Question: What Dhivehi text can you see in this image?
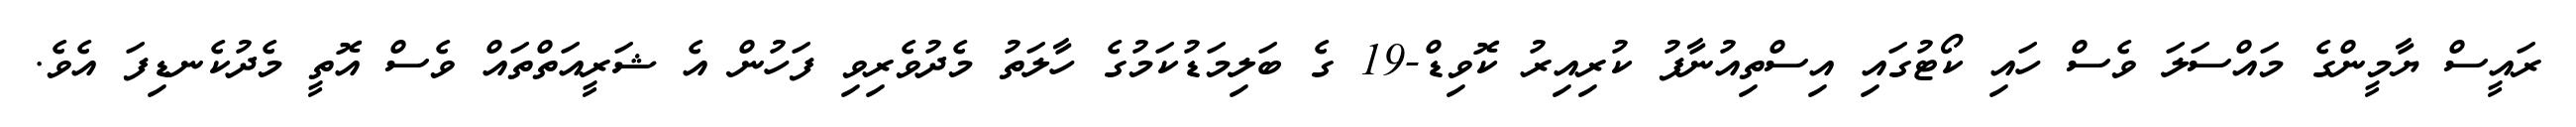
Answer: ރައީސް ޔާމީންގެ މައްސަލަ ވެސް ހައި ކޯޓުގައި އިސްތިއުނާފު ކުރިއިރު ކޮވިޑް-19 ގެ ބަލިމަޑުކަމުގެ ހާލަތު މެދުވެރިވި ފަހުން އެ ޝަރީއަތްތައް ވެސް އޮތީ މެދުކެނޑިފަ އެވެ.